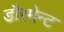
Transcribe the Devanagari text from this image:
डौरमेन्ट